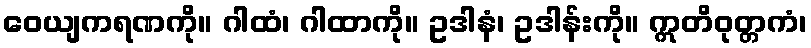
ဝေယျကရဏကို။ ဂါထံ၊ ဂါထာကို။ ဥဒါနံ၊ ဥဒါန်းကို။ ဣတိဝုတ္တကံ၊